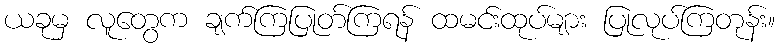
ယခုမှ လူတွေက ချက်ကြပြုတ်ကြရန် ထမင်းထုပ်များ ပြုလုပ်ကြတုန်း။